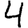
Digit: 4